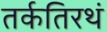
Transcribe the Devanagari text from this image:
तर्कतिरथं